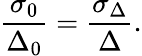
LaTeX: \frac{\sigma_{0}}{\Delta_{0}}=\frac{\sigma_{\Delta}}{\Delta}.